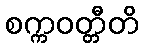
စက္ကဝတ္တီတိ